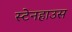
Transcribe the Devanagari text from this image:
स्टेनहाउस